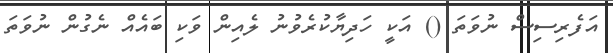
އަފެރިސިސް ނުވަތަ () އަކީ ހަދިޔާކުރެވުނު ލެއިން ވަކި ބައެއް ނެގުން ނުވަތަ